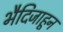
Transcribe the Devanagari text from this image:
भैदिजाहून